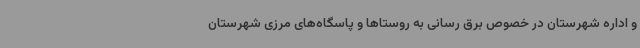
و اداره شهرستان در خصوص برق رسانی به روستاها و پاسگاه‌های مرزی شهرستان